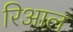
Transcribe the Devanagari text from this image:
रिआल